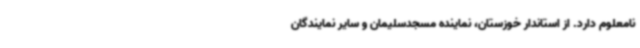
نامعلوم دارد. از استاندار خوزستان، نماینده مسجدسلیمان و سایر نمایندگان